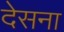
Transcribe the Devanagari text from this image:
देसना